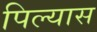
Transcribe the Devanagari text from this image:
पिल्यास